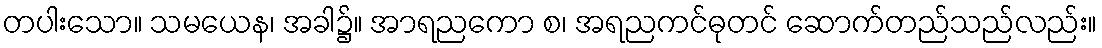
တပါးသော။ သမယေန၊ အခါ၌။ အာရညကော စ၊ အရညကင်ဓုတင် ဆောက်တည်သည်လည်း။